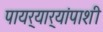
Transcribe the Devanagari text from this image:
पायर्‍यार्‍यांपाशी